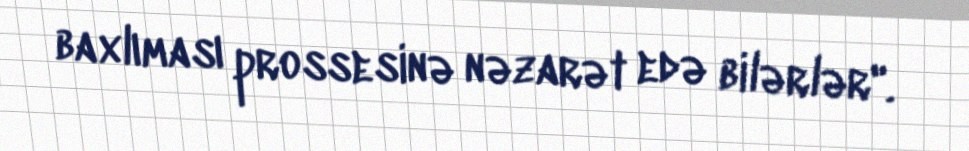
baxlıması prossesinə nəzarət edə bilərlər".